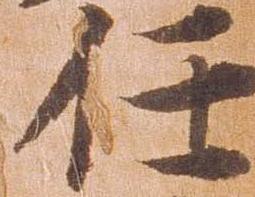
任